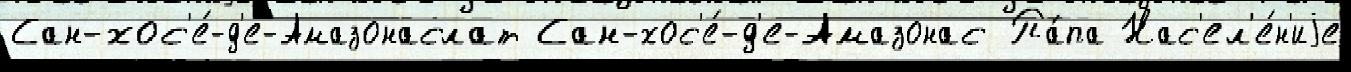
Сан-хос'е́-д'е-Амазонаслат Сан-хос'е́-д'е-Амазонас Па́па Нас'ел'е́н'иjе